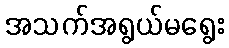
အသက်အရွယ်မရွေး